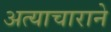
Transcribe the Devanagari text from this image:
अत्याचाराने